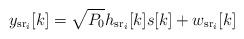
LaTeX: \begin{align*}y_{\mathrm{sr}_i}[k]=\sqrt{P_0}h_{\mathrm{sr}_i}[k]s[k]+w_{\mathrm{sr}_i}[k]\end{align*}